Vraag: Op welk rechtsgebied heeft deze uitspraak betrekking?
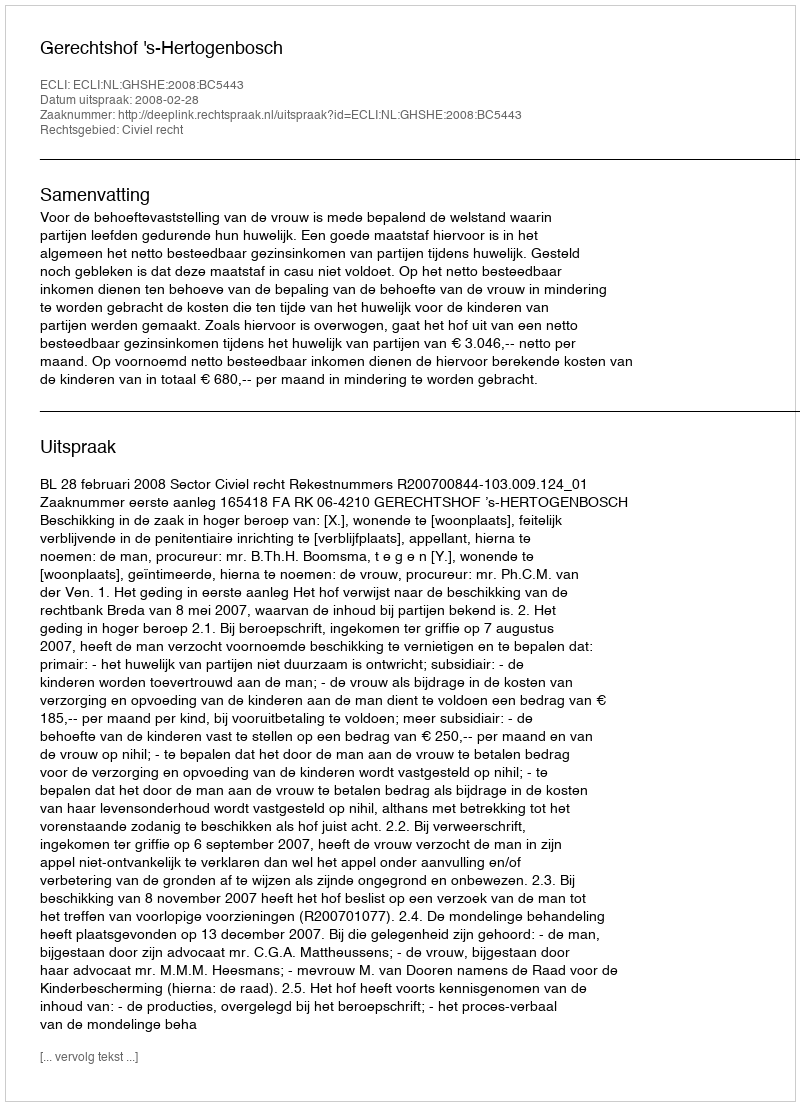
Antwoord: Civiel recht